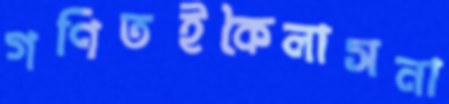
গণিতইকৈলাসনা